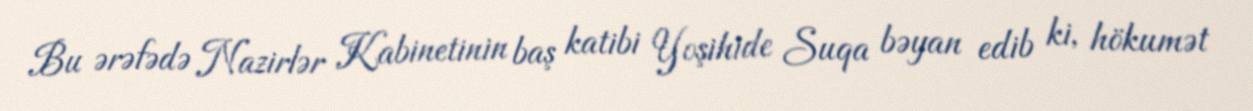
Bu ərəfədə Nazirlər Kabinetinin baş katibi Yoşihide Suqa bəyan edib ki, hökumət